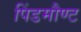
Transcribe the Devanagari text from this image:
पिंडमौण्ट